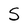
Character: S